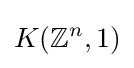
K(\mathbb {Z} ^{n},1)